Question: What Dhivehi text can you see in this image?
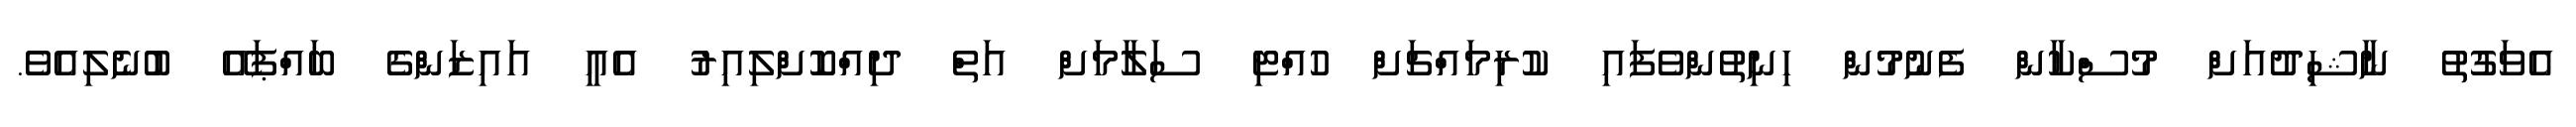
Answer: އެވަގުތު ނާޝިދުއަށް މުސްކާން ފެނުމުން ހިނިތުންވެފައި ކުރިމައްޗަށް ހުއްޓި ސަލާމަށް އަތް ދިއްކޮށްލިއިރު އެއީ އައިޒަންގެ ބައްޕައޭ ބުނެލިއެވެ.